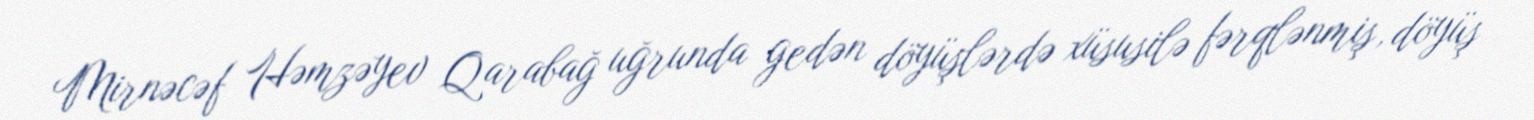
Mirnəcəf Həmzəyev Qarabağ uğrunda gedən döyüşlərdə xüsusilə fərqlənmiş, döyüş